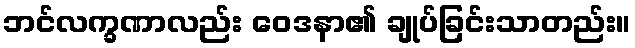
ဘင်လက္ခဏာလည်း ဝေဒနာ၏ ချုပ်ခြင်းသာတည်း။